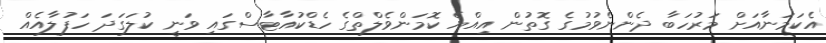
އެކަމަނާއަށް މަރުހަބާ ދެންނެވުމުގެ ގޮތުން އިއްޔެ ކޮމަންވެލްތްގެ ހެޑްކުއާޓާސްގައި ވަނީ ކުލަގަދަ ހަފުލާއެއް